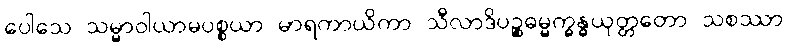
ပေါသေ သမ္မာဝါယာမပစ္စယာ မာရကာယိကာ သီလာဒိပဉ္စဓမ္မက္ခန္ဓယုတ္တတော သစဿာ